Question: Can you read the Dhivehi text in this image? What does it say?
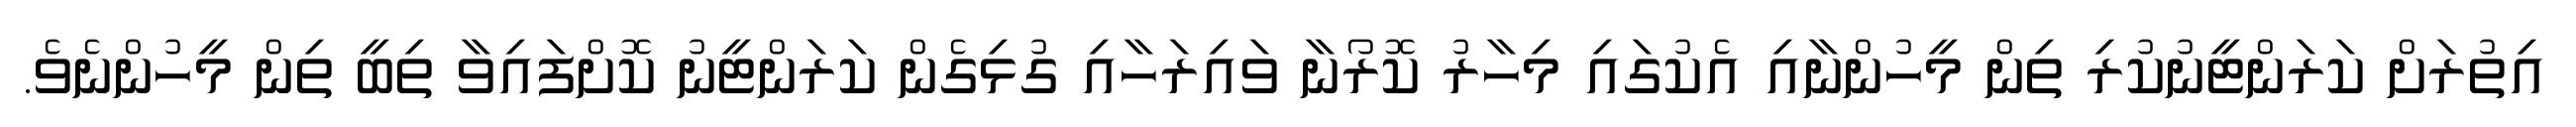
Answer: އިތުރަށް ކަރަންޓީނުކުރި ތިން މީހުންނާއި އެކުގައި މިހާރު ކޮރޯނާ ވައިރަހާއި ގުޅިގެން ކަރަންޓީނު ކޮށްފައިވާ ތިބީ ތިން މީހުންނެވެ.